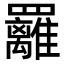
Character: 䍦